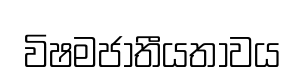
විෂමජාතීයතාවය